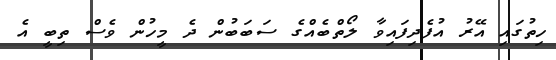
ހިތުގައި އޭރު އުފެދިފައިވާ ލޯތްބެއްގެ ސަބަބުން ދެ މީހުން ވެސް ތިބީ އެ